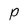
Character: P